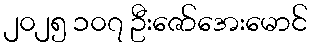
၂၀၂၅ ၁၀၇ ဦးဇော်အေးမောင်